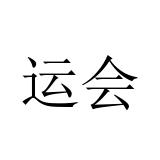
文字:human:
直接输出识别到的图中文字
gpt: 运会